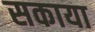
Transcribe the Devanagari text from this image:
सकाया